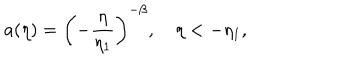
a ( \eta ) = \biggl ( - \frac { \eta } { \eta _ { 1 } } \biggr ) ^ { - \beta } , ~ \eta < - \eta _ { 1 } ,